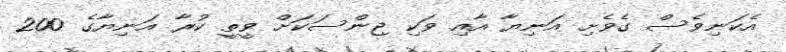
އެކަނިވެސް ގެވެށި އަނިޔާ އާއި ވަކި ޖިންސަކަށް ވީތީ ކުރާ އަނިޔާގެ 200